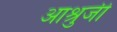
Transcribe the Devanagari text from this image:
आश्रुजी